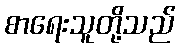
စာရေးသူတို့သည်